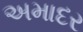
અમાદર